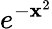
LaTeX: e^{-\mathbf{x}^{2}}